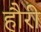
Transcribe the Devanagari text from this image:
हौरी